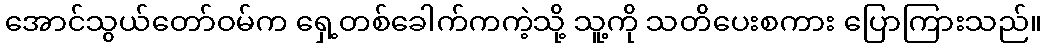
အောင်သွယ်တော်ဝမ်က ရှေ့တစ်ခေါက်ကကဲ့သို့ သူ့ကို သတိပေးစကား ပြောကြားသည်။